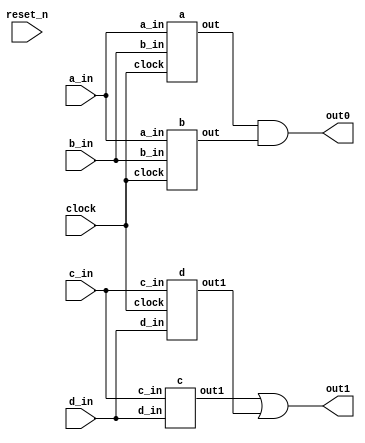
// DEFINES
`define BITS 2         // Bit width of the operands

module 	bm_dag1_log_mod(clock, 
		reset_n, 
		a_in, 
		b_in,
		c_in, 
		d_in, 
		out0,
		out1);

// SIGNAL DECLARATIONS
input	clock;
input 	reset_n;

input [`BITS-1:0] a_in;
input [`BITS-1:0] b_in;
input c_in;
input d_in;

output [`BITS-1:0] out0;
output  out1;

wire [`BITS-1:0]    out0;
wire     out1;

wire [`BITS-1:0] temp_a;
wire [`BITS-1:0] temp_b;
wire temp_c;
wire temp_d;

a top_a(clock, a_in, b_in, temp_a);
b top_b(clock, a_in, b_in, temp_b);
c top_c(c_in, d_in, temp_c);
d top_d(clock, c_in, d_in, temp_d);

assign out0 = temp_a & temp_b;
assign out1 = temp_c | temp_d;

endmodule

/*---------------------------------------------------------*/
module a(clock,
		a_in,
		b_in,
		out);

input	clock;
input [`BITS-1:0] a_in;
input [`BITS-1:0] b_in;
output [`BITS-1:0]    out;
reg [`BITS-1:0]    out;

always @(posedge clock)
begin
	out <= a_in & b_in;
end

endmodule

/*---------------------------------------------------------*/
module b(clock,
		a_in,
		b_in,
		out);

input	clock;
input [`BITS-1:0] a_in;
input [`BITS-1:0] b_in;
reg [`BITS-1:0] temp;
output [`BITS-1:0]    out;
reg [`BITS-1:0] out;


always @(posedge clock)
begin
	temp <= a_in | b_in;
	out <= a_in ^ temp;
end

endmodule

/*---------------------------------------------------------*/
module 	c(
		c_in, 
		d_in, 
		out1);

// SIGNAL DECLARATIONS
input c_in;
input d_in;
output  out1;
wire     out1;
wire temp;

assign out1 = temp ^ d_in;
assign temp = c_in & d_in;

endmodule

/*---------------------------------------------------------*/
module 	d(clock, 
		c_in, 
		d_in, 
		out1);

// SIGNAL DECLARATIONS
input	clock;
input c_in;
input d_in;
output  out1;
reg     out1;
reg temp;

always @(posedge clock)
begin
	out1 <= temp | d_in;
	temp <= c_in ^ d_in;
end

endmodule